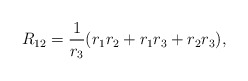
\begin{align*}R_{12}={1\over r_3}({r_1r_2 + r_1r_3 + r_2r_3}),\end{align*}